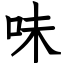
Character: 味